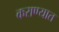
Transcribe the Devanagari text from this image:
कराण्यात